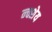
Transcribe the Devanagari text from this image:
न्क्शेय